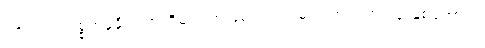
ဉဇဘက်ကစ္စတန်နိုင်ငံကအိမ်ရှင်အဖြစ်ကျင်းပမယ့် အသက် ၂၃ နှစ်အောက်